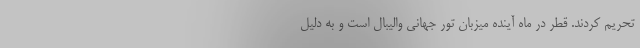
تحریم کردند. قطر در ماه آینده میزبان تور جهانی والیبال است و به دلیل